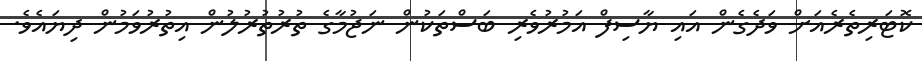
ކޮޓަރިތެރެއަށް ވަދެގެން އައި ޔާސިފް އަމުރުވެރި ބަސްތަކުން ނަޖުމާގެ ތުރުތުރުލުން އިތުރުވަމުން ދިޔައެވެ.